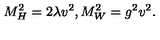
M _ { H } ^ { 2 } = 2 \lambda v ^ { 2 } , M _ { W } ^ { 2 } = g ^ { 2 } v ^ { 2 } .